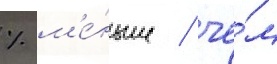
% м'е́ньше / че́м